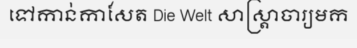
ទៅកាន់កាសែត Die Welt សាស្ត្រាចារ្យមក